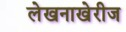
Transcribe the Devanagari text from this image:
लेखनाखेरीज